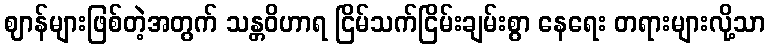
ဈာန်များဖြစ်တဲ့အတွက် သန္တဝိဟာရ ငြိမ်သက်ငြိမ်းချမ်းစွာ နေရေး တရားများလို့သာ